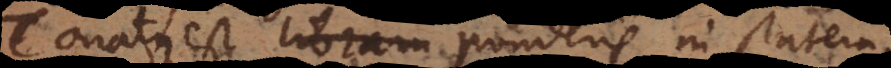
Conatus est libram ponderis in statera,